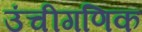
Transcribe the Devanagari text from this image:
उंचीगणिक